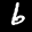
Label: 6